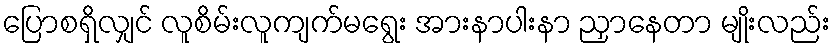
ပြောစရှိလျှင် လူစိမ်းလူကျက်မရွေး အားနာပါးနာ ညှာနေတာ မျိုးလည်း